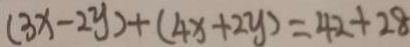
( 3 x - 2 y ) + ( 4 x + 2 y ) = 4 2 + 2 8